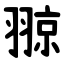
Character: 翞